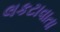
લકટાવાતા